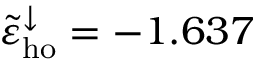
\tilde { \varepsilon } _ { \mathrm { h o } } ^ { \downarrow } = - 1 . 6 3 7